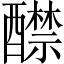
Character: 𨣤